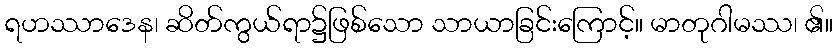
ရဟဿာဒေန၊ ဆိတ်ကွယ်ရာ၌ဖြစ်သော သာယာခြင်းကြောင့်။ မာတုဂါမဿ၊ ၏။